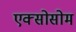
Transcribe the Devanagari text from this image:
एक्सोसोम